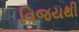
વિજયથી